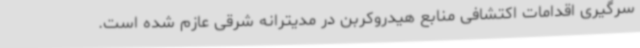
سرگیری اقدامات اکتشافی منابع هیدروکربن در مدیترانه شرقی عازم شده است.